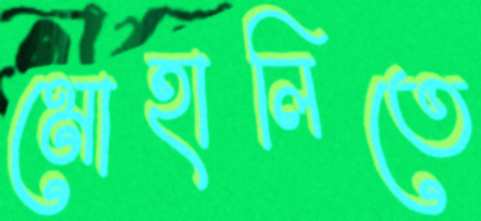
মোহালিতে